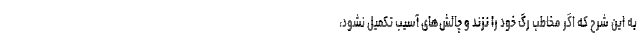
به این شرح که اگر مخاطب رگ خود را نزند و چالش‌های آسیب تکمیل نشود،